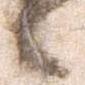
候